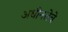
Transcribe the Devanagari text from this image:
अधीनतेचे